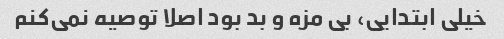
خیلی ابتدایی، بی مزه و بد بود اصلا توصیه نمی‌کنم